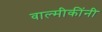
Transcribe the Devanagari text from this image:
वाल्मीकींनी